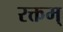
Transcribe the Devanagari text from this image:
रक्तम्